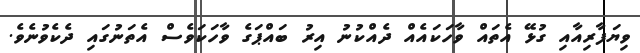
ވިޔަފާރިއާއި ގުޅޭ އެތައް ވާހަކައެއް ދެއްކުނު އިރު ބައްޕަގެ ވާހަކަވެސް އެތަނުގައި ދެކެވުނެވެ.